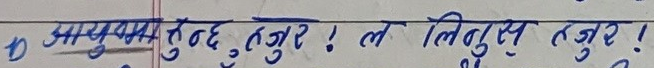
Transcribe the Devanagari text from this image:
D आयुष्य हुनुस् हजुर ! ल लिनुस् हजुर !